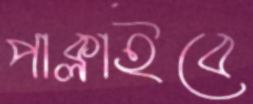
পাক্‌লাইবে